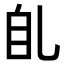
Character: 臫